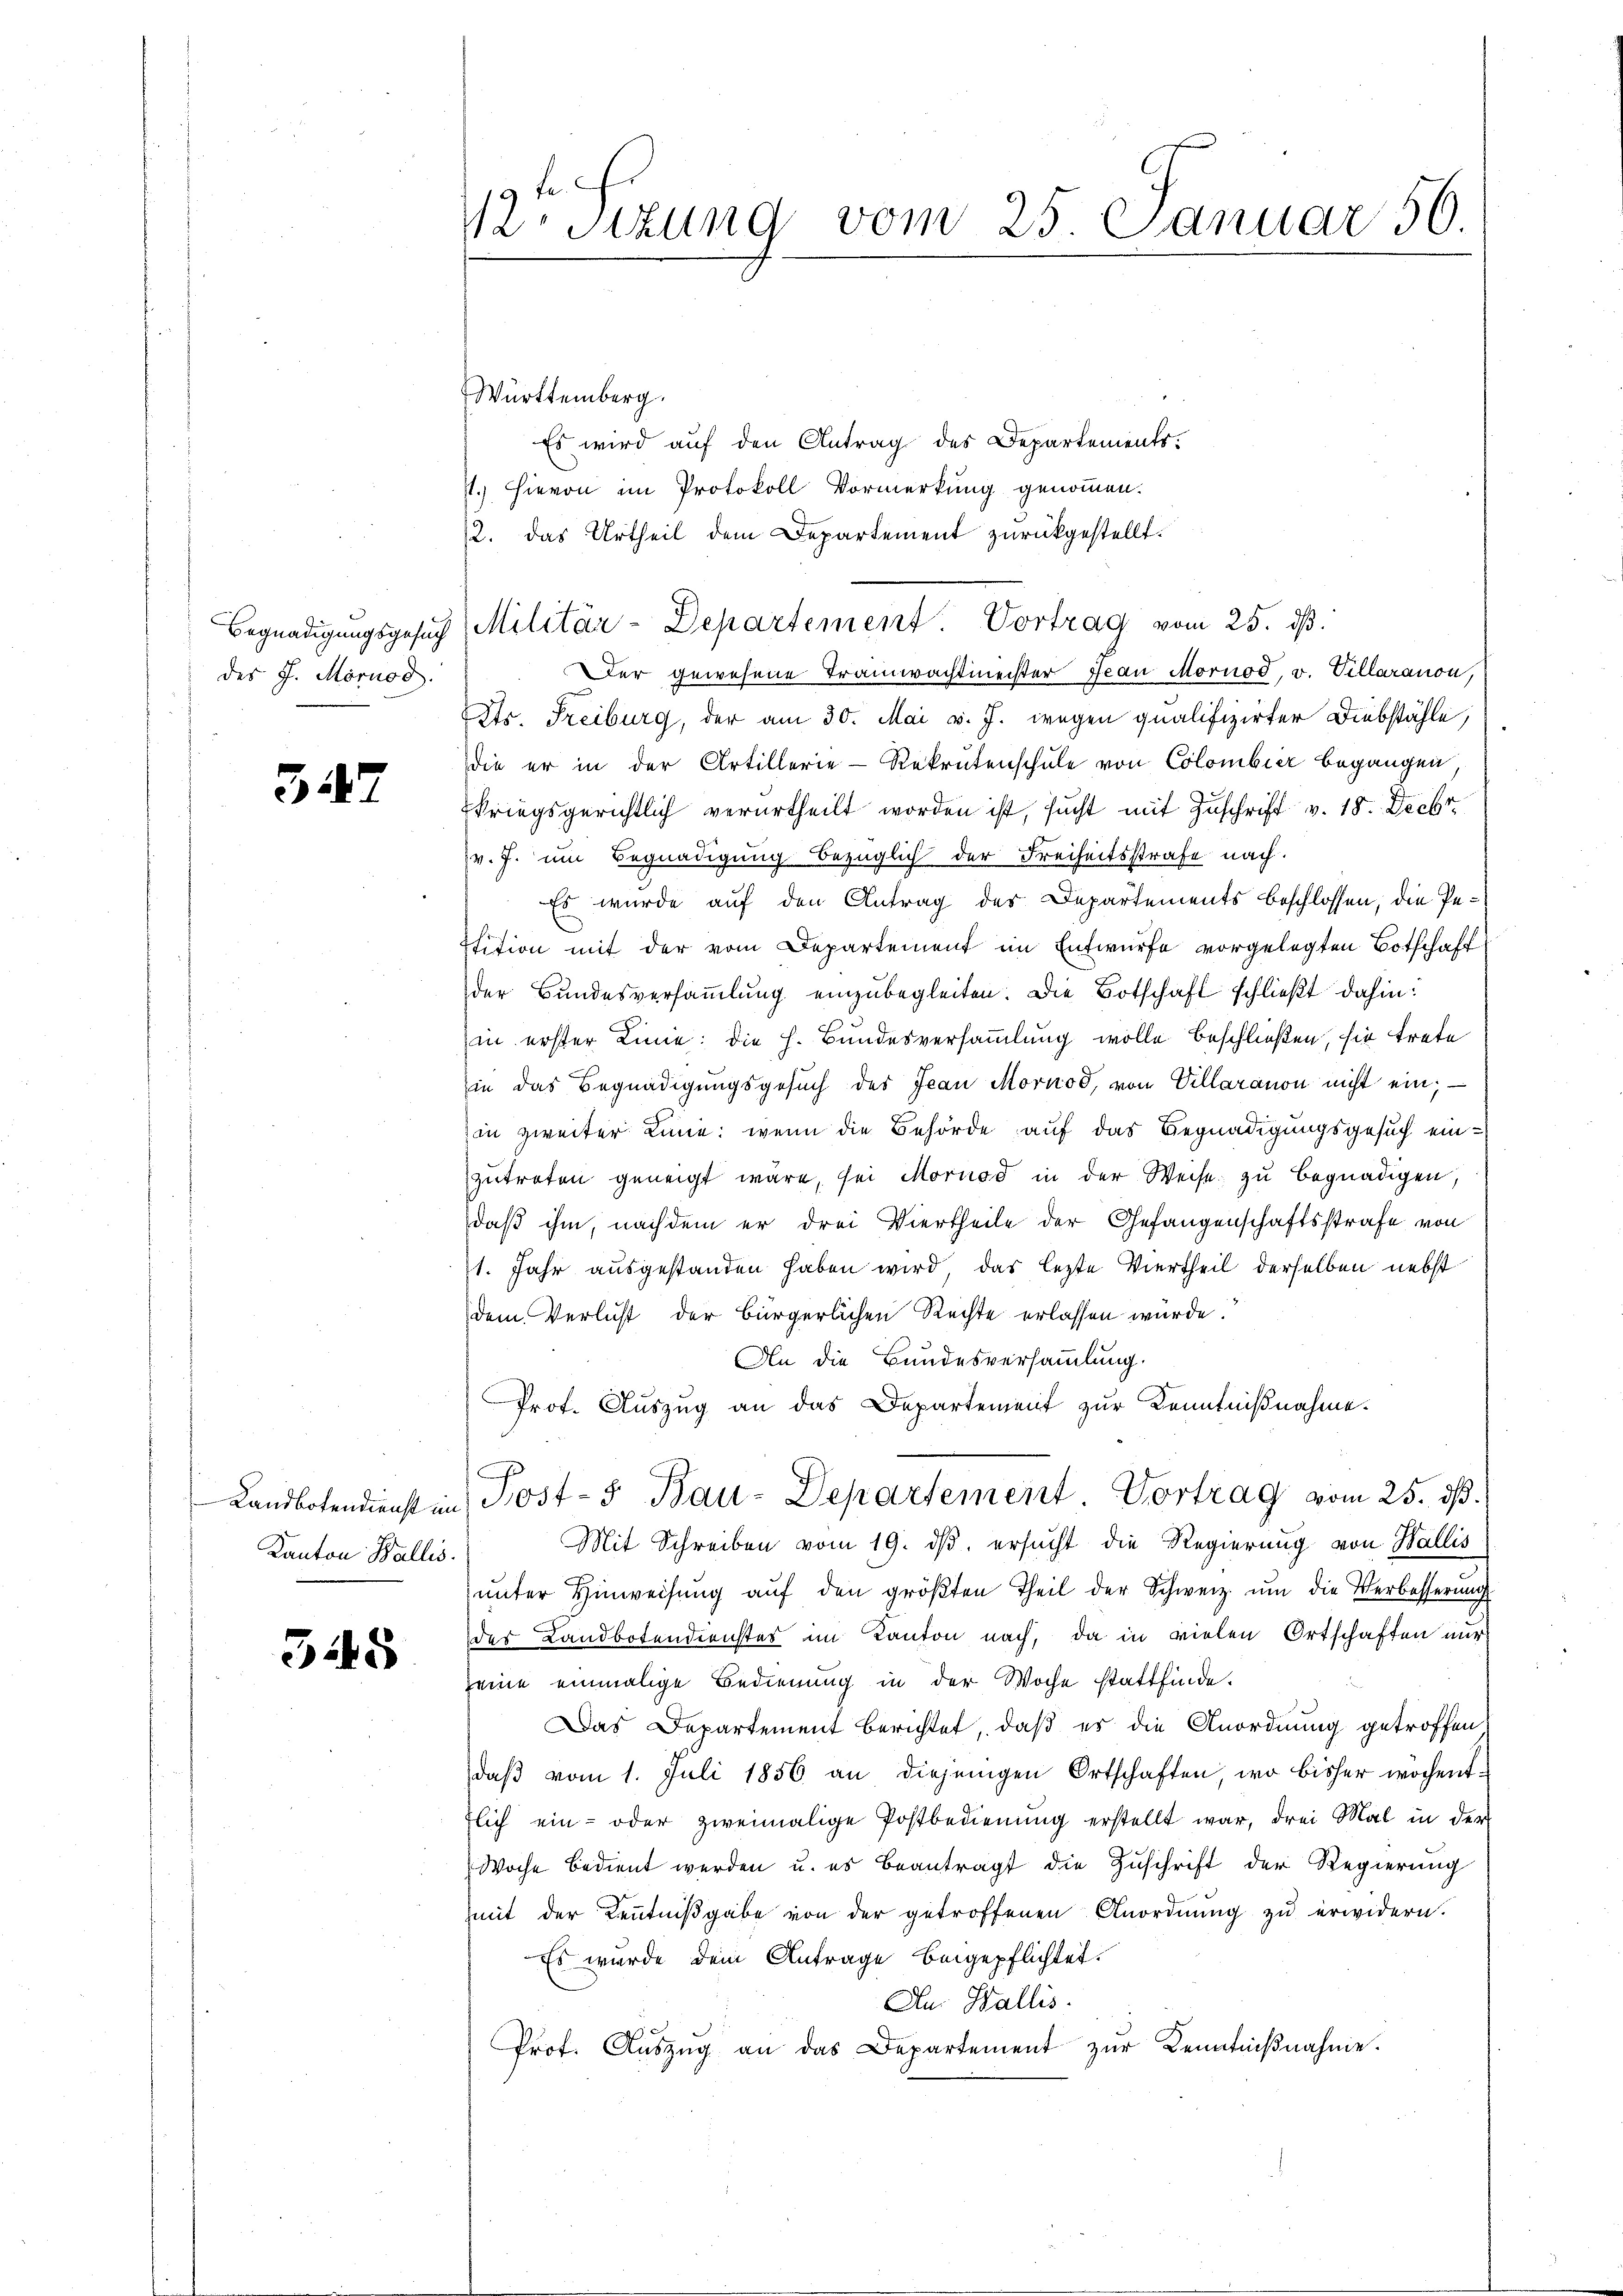
Begnadigungsgesuch
des J. Mörnod.

32

Kanton Wallis.

345

12 sizung vom 25. Januar 50.

Württemberg.
Es wird auf den Antrag des Departements.
7.) Hievon im Protokoll Vormerkung genommen.
2. das Urtheil dem Departement zurückgestellt.
Der gewesene Tramwachtmeister Jean Mornod, v. Villaranon,
Str. Freiburg, der am 30. Mai v. J. wegen qualifizirter Diebstähle,
die er in der Artillerie-Rekrutenschule von Colombier begangen,
Ekriegsgerichtlich verurtheilt worden ist, sucht mit Zuschrift v. 18. Decbr.
v. J. um Begnadigung bezüglich der Freiheitsstrafe nach.
Es wurde auf den Antrag des Departements beschlossen, die Pestition mit der vom Departement im Entwurfe vorgelegten Botschaft
der Bundesversammlung einzubegleiten. Die Botschaft schließt dahin:
in erster Linie: die h. Bundesversammlung wolle beschließen, sie trete
in das Begnadigungsgesuch des Jean Mornod, von Villaranon nicht ein; —
in zweiter Linie: wenn die Behörde auf das Begnadigungsgesuch ein-
zutreten geneigt wäre, sei Moruod in der Weise zu begnadigen,
daß ihm, nachdem er drei Viertheile der Gefangenschaftsstrafe von
1. Jahr ausgestanden haben wird, das lezte Viertheil derselben nebst
dem Verlust der Bürgerlichen Rechte erlassen würde.
An die Bundesversammlung.
Prof. Auszug an das Departement zur Kenntnißnahme.
 Landbotendienst in Post- & Bau-Departement. Vortrag vom 25. ds.
Mit Schreiben vom 19. dβ ersucht die Regierung von Wallis
ŭnter Hinweisŭng aŭf den größten Theil der Schweiz. ŭm die Verbesserung
der Landbotenderichtes im Kanton nach, da in vielen Ortschaften nur
seine einmalige Bedienung in der Woche stattfinde.
Das Departement berichtet, daß es die Anordnung getroffen
daβ vom 1. Juli 1856 an diejenigen Ortschaften, wo bisher wochenttlich ein- oder zweimalige Postbedienŭng erstellt war, drei Mal in der
Woche bedient werden u. es beantragt die Zuschrift der Regierung
mit der Kenntniβgabe von der getroffenen Anordnŭng zŭ erwidern.
Es wurde dem Antrage beigepflichtet.
An Wallis.
Prof. Aŭszŭg an das Departement zŭr Kenntniβnahme.

Militär-Departement. Vortrag vom 25. dβ.